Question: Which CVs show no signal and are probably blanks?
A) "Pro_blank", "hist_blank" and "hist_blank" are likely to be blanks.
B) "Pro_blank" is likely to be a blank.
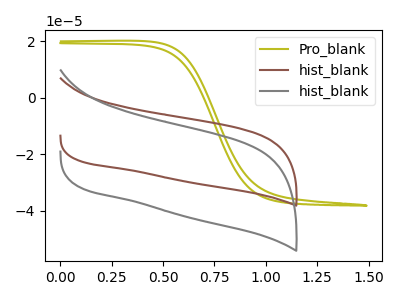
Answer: <think>The olive curve "Pro_blank" has no peaks. The brown curve "hist_blank" has no peaks. The gray curve "hist_blank" has no peaks.</think>
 <answer>A) "Pro_blank", "hist_blank" and "hist_blank" are likely to be blanks.</answer>
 <eval>A</eval>